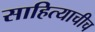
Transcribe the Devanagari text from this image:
साहित्याचीच